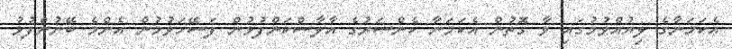
އެކަމަނާގެ ލިޔުއްވުމުގައި ވާ ގޮތުން އެކަމަނާ ކެންސަރުގެ އާލާސްކަންފުޅުން ފަސޭހަވުމުން އެންމެ ބޭނުންފުޅު